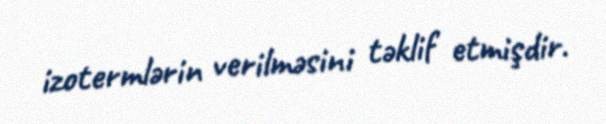
izotermlərin verilməsini təklif etmişdir.